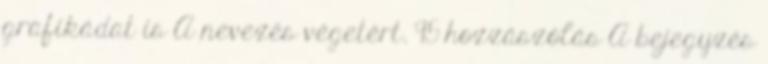
grafikádat is A nevezés végetért. 95 hozzászólás A bejegyzés